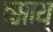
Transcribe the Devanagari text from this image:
त्साय्